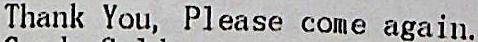
THANK YOU, PLEASE COME AGAIN.